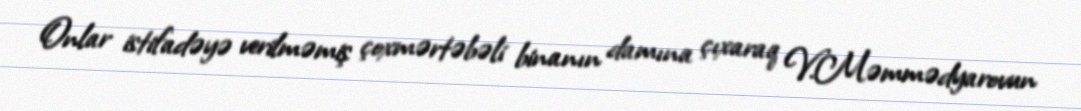
Onlar istifadəyə verilməmiş çoxmərtəbəli binanın damına çıxaraq V.Məmmədyarovun